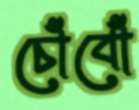
চোঁবোঁ